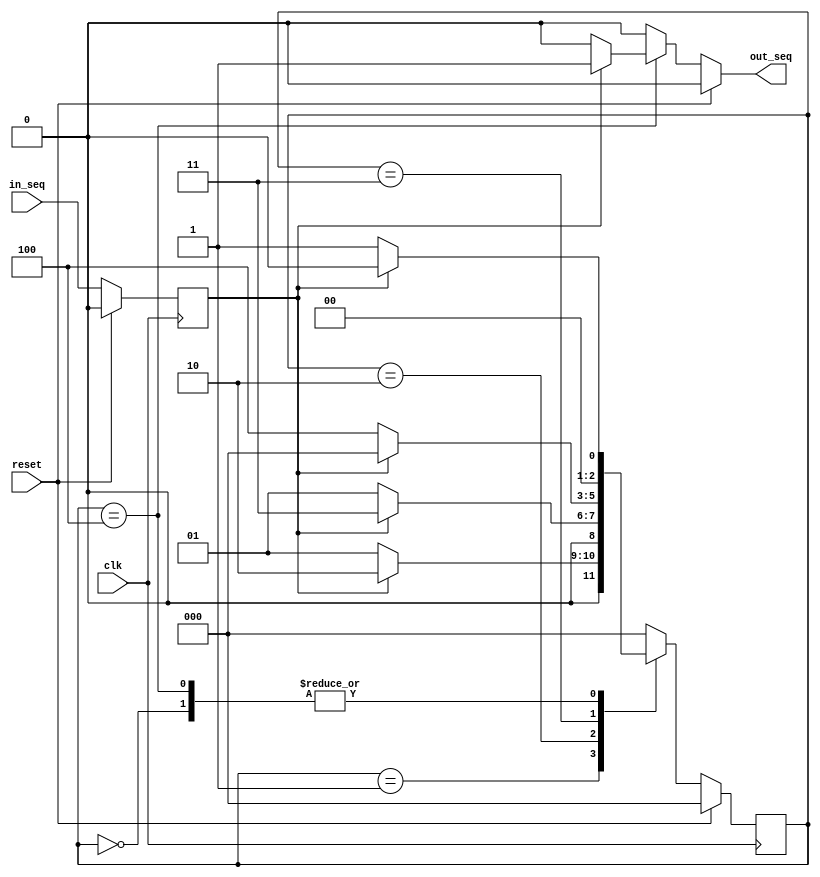
`define CK2Q 5  // Defines the Clock-to-Q Delay of the flip flop.

module mealy_fsm (reset,clk,in_seq,out_seq);
  input reset;
  input clk;
  input in_seq;
  output out_seq;

  reg out_seq;
  reg in_seq_reg;

  //----------- Parameters defining State machine States--------------
  parameter SIZE = 3;
  parameter  S0 = 3'b000,
				 S1 = 3'b001,
				 S2 = 3'b010,
				 S3 = 3'b011, 
				 S4 = 3'b100;

  //------------ Internal Variables ----------------------------------
  reg   [SIZE-1:0] state;        // Memory part of the FSM
  reg   [SIZE-1:0] next_state;   // Combinational part of the FSM

  //--------------Register the input ---------------------------------
  always @ (posedge clk)
  begin : REG_INPUT
    if (reset == 1'b1) 
       in_seq_reg <= #`CK2Q 1'b0;
     else
       in_seq_reg <= #`CK2Q in_seq;
  end
 
 always @ (state or in_seq_reg or reset)
  begin : FSM_COMBO
    next_state = 3'b00;
	 
    if (reset == 1'b1)
       out_seq <= 1'b0;
     else 
	  begin
      case(state)
       S0 : if (in_seq_reg == 1'b0) begin
               next_state = S1;
      	         out_seq <= 1'b0;
              end 
             else begin
               next_state = S0;
               out_seq <= 1'b0;
              end
       S1 : if (in_seq_reg == 1'b0) begin                
               next_state = S1;
               out_seq <= 1'b0;
              end
             else begin
               next_state = S2;
               out_seq <= 1'b0;
              end


      S2 : if (in_seq_reg == 1'b0) begin
              next_state = S1;
              out_seq <= 1'b0;
             end
            else begin
              next_state = S3;
              out_seq <= 1'b0;
             end
				 
				 
      S3 : if (in_seq_reg == 1'b0) begin
              next_state = S4;
              out_seq <= 1'b0;
             end
            else begin
              next_state = S0;
              out_seq <= 1'b0;
             end
				 
      S4 : if (in_seq_reg == 1'b0) begin
              next_state = S1;
              out_seq <= 1'b0;
             end
            else begin
              next_state = S0;
              out_seq <= 1'b1;
             end				 
				 
				 
     default : begin
                next_state = S0;
                out_seq <= 1'b0;
              end
    endcase
	
    end
end

 // Register combinational next_state variable
 always @ (posedge clk)
	 begin:FSM_SEQ

		if(reset == 1'b1)
			state <= S0;
		else
			state <= next_state;
	  end



         // End Of Block OUTPUT_LOGIC
endmodule    // End of Module Mealy state machine